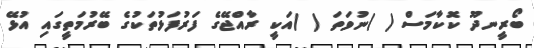
ބޯރީނދޫ ކޮކާމަސް ( )ނުވަތަ ( )އަކީ ރާއްޖޭގެ ފަރުފަޅުތަކުގެ ބޭރުމަތީގައި އުޅޭ